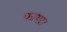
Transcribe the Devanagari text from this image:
फायर।